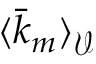
\langle \bar { k } _ { m } \rangle _ { \mathcal { V } }